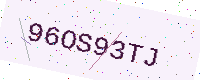
Text: 96OS93TJ